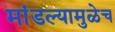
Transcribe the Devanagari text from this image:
मांडल्यामुळेच